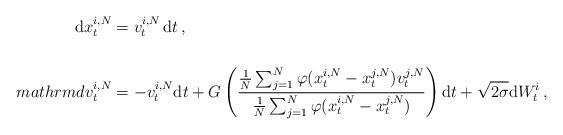
LaTeX: \begin{align*}\mathrm{d} {x}_t^{i,N} & = v_t^{i,N} \, \mathrm{d} t\,, \\\\mathrm{d} {v}_t^{i,N} & = - v_t^{i,N} \mathrm{d} t + G\left(\frac{\frac 1N \sum_{j=1}^N \varphi (x_t^{i,N} - x_t^{j,N}) v_t^{j,N}}{\frac 1N \sum_{j=1}^N \varphi (x_t^{i,N} - x_t^{j,N})}\right) \mathrm{d} t + \sqrt{2\sigma} \mathrm{d} W_t^{i}\,,\end{align*}